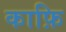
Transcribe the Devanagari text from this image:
काफ़ि